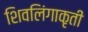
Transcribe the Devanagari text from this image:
शिवलिंगाकृती